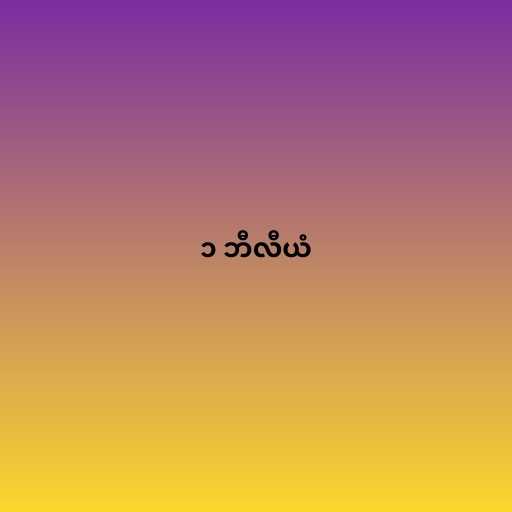
၁ ဘီလီယံ